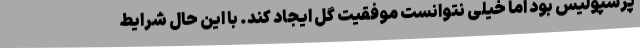
پرسپولیس بود اما خیلی نتوانست موفقیت گل ایجاد کند. با این حال شرایط